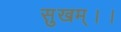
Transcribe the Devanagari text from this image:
सुखम्।।